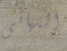
النهائى